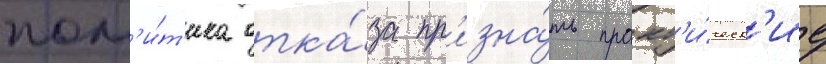
пол'и́т'ика отка́за пр'изна́ть практ'и́ческ'ие